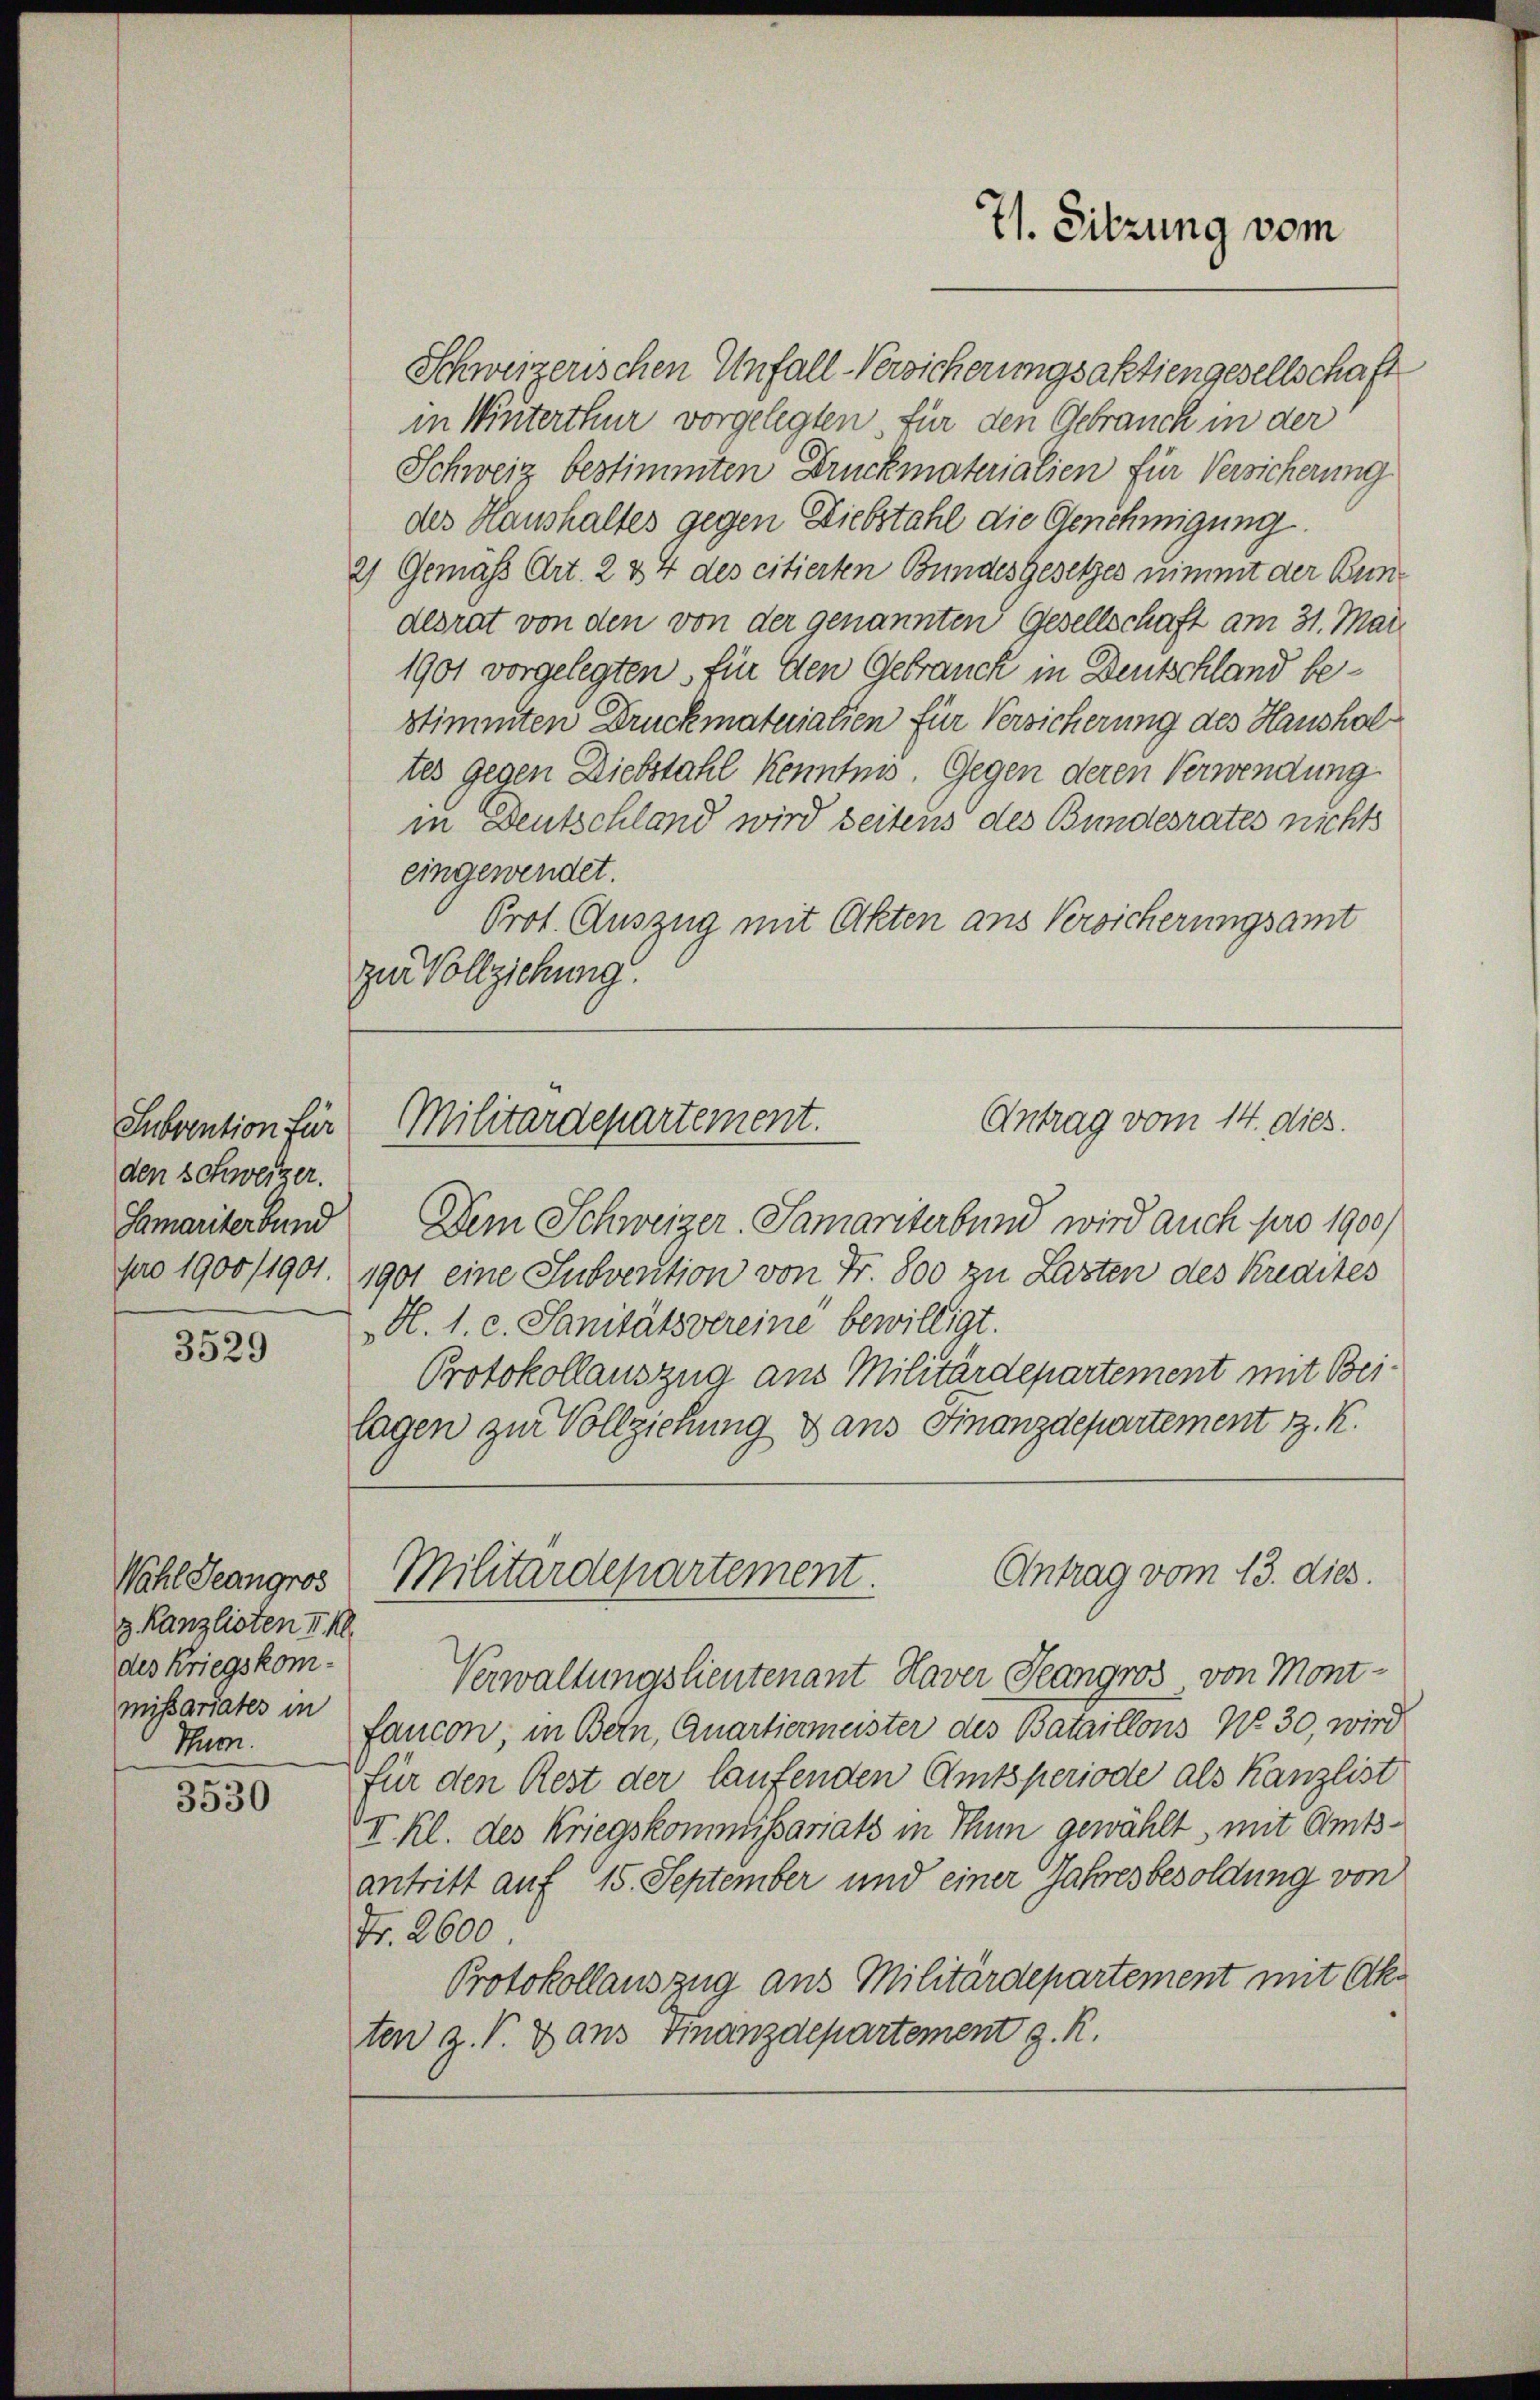
Subvention für
den Schweizer.
Samariterbund

3529

Wahl Jeangros
3 Kanzlisten v. M
des Kriegskommissariates in
Thurn.

—
3530

Schweizerischen Unfall-Versicherungsaktiengesellschaft
in Winterthur vorgelegten, für den Gebrauch in der
Schweiz bestimmten Druckmaterialien für Versicherung
des Haushaltes gegen Diebstahl die Genehmigung
2) Gemäss Art. 2 & 4 des citierten Bundesgesetzes nimmt der Bundlsrat von den von der genannten Gesellschaft am 31. Mai
1901 vorgelegten, für den Gebrauch in Deutschland bestimmten Druckmaturalien für Versicherung des Haushaltes gegen Diebstahl kenntnis. Gegen deren Verwendung
in Deutschland wird seitens des Bundesrates nichts
eingewendet.
Prot. Auszug mit Akten aus Versicherungsamt
zur Vollziehung.

7. Sitzung vom

Antrag vom 14. dies.
Militärdepartement.

Dem Schweizer-Samariterbund wird auch pro 1900/
pro 1900/1901. 1901 eine Subvention von Fr. 800 zu Lasten des Kredites
H. 1. c. Sanitätsvereine bewilligt.
Protokollauszug aus Militärdepartement mit Beilagen zur Vollziehung dans Finanzdepartement z. K.

Antrag vom 13. dies.
Militärdepartement.

Verwaltungslieutenant Haver Jeangros, von Montfancon, in Bern, Quartiermeister des Bataillons No 30, wird
für den Rest der laufenden Amtsperiode als Kanzlist
II. Kl. des Kriegskommissariats in Thun gewählt, mit Amtsantritt auf 15. September und einer Jahresbesoldung von
Fr. 2600.
Protokollauszug aus Militärdepartement mit Aka
ten z. V. Dans Finanzdepartement z. R.